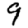
Digit: 9